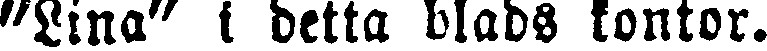
"Lina" l detta blads kontor.